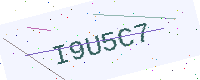
Text: I9U5C7